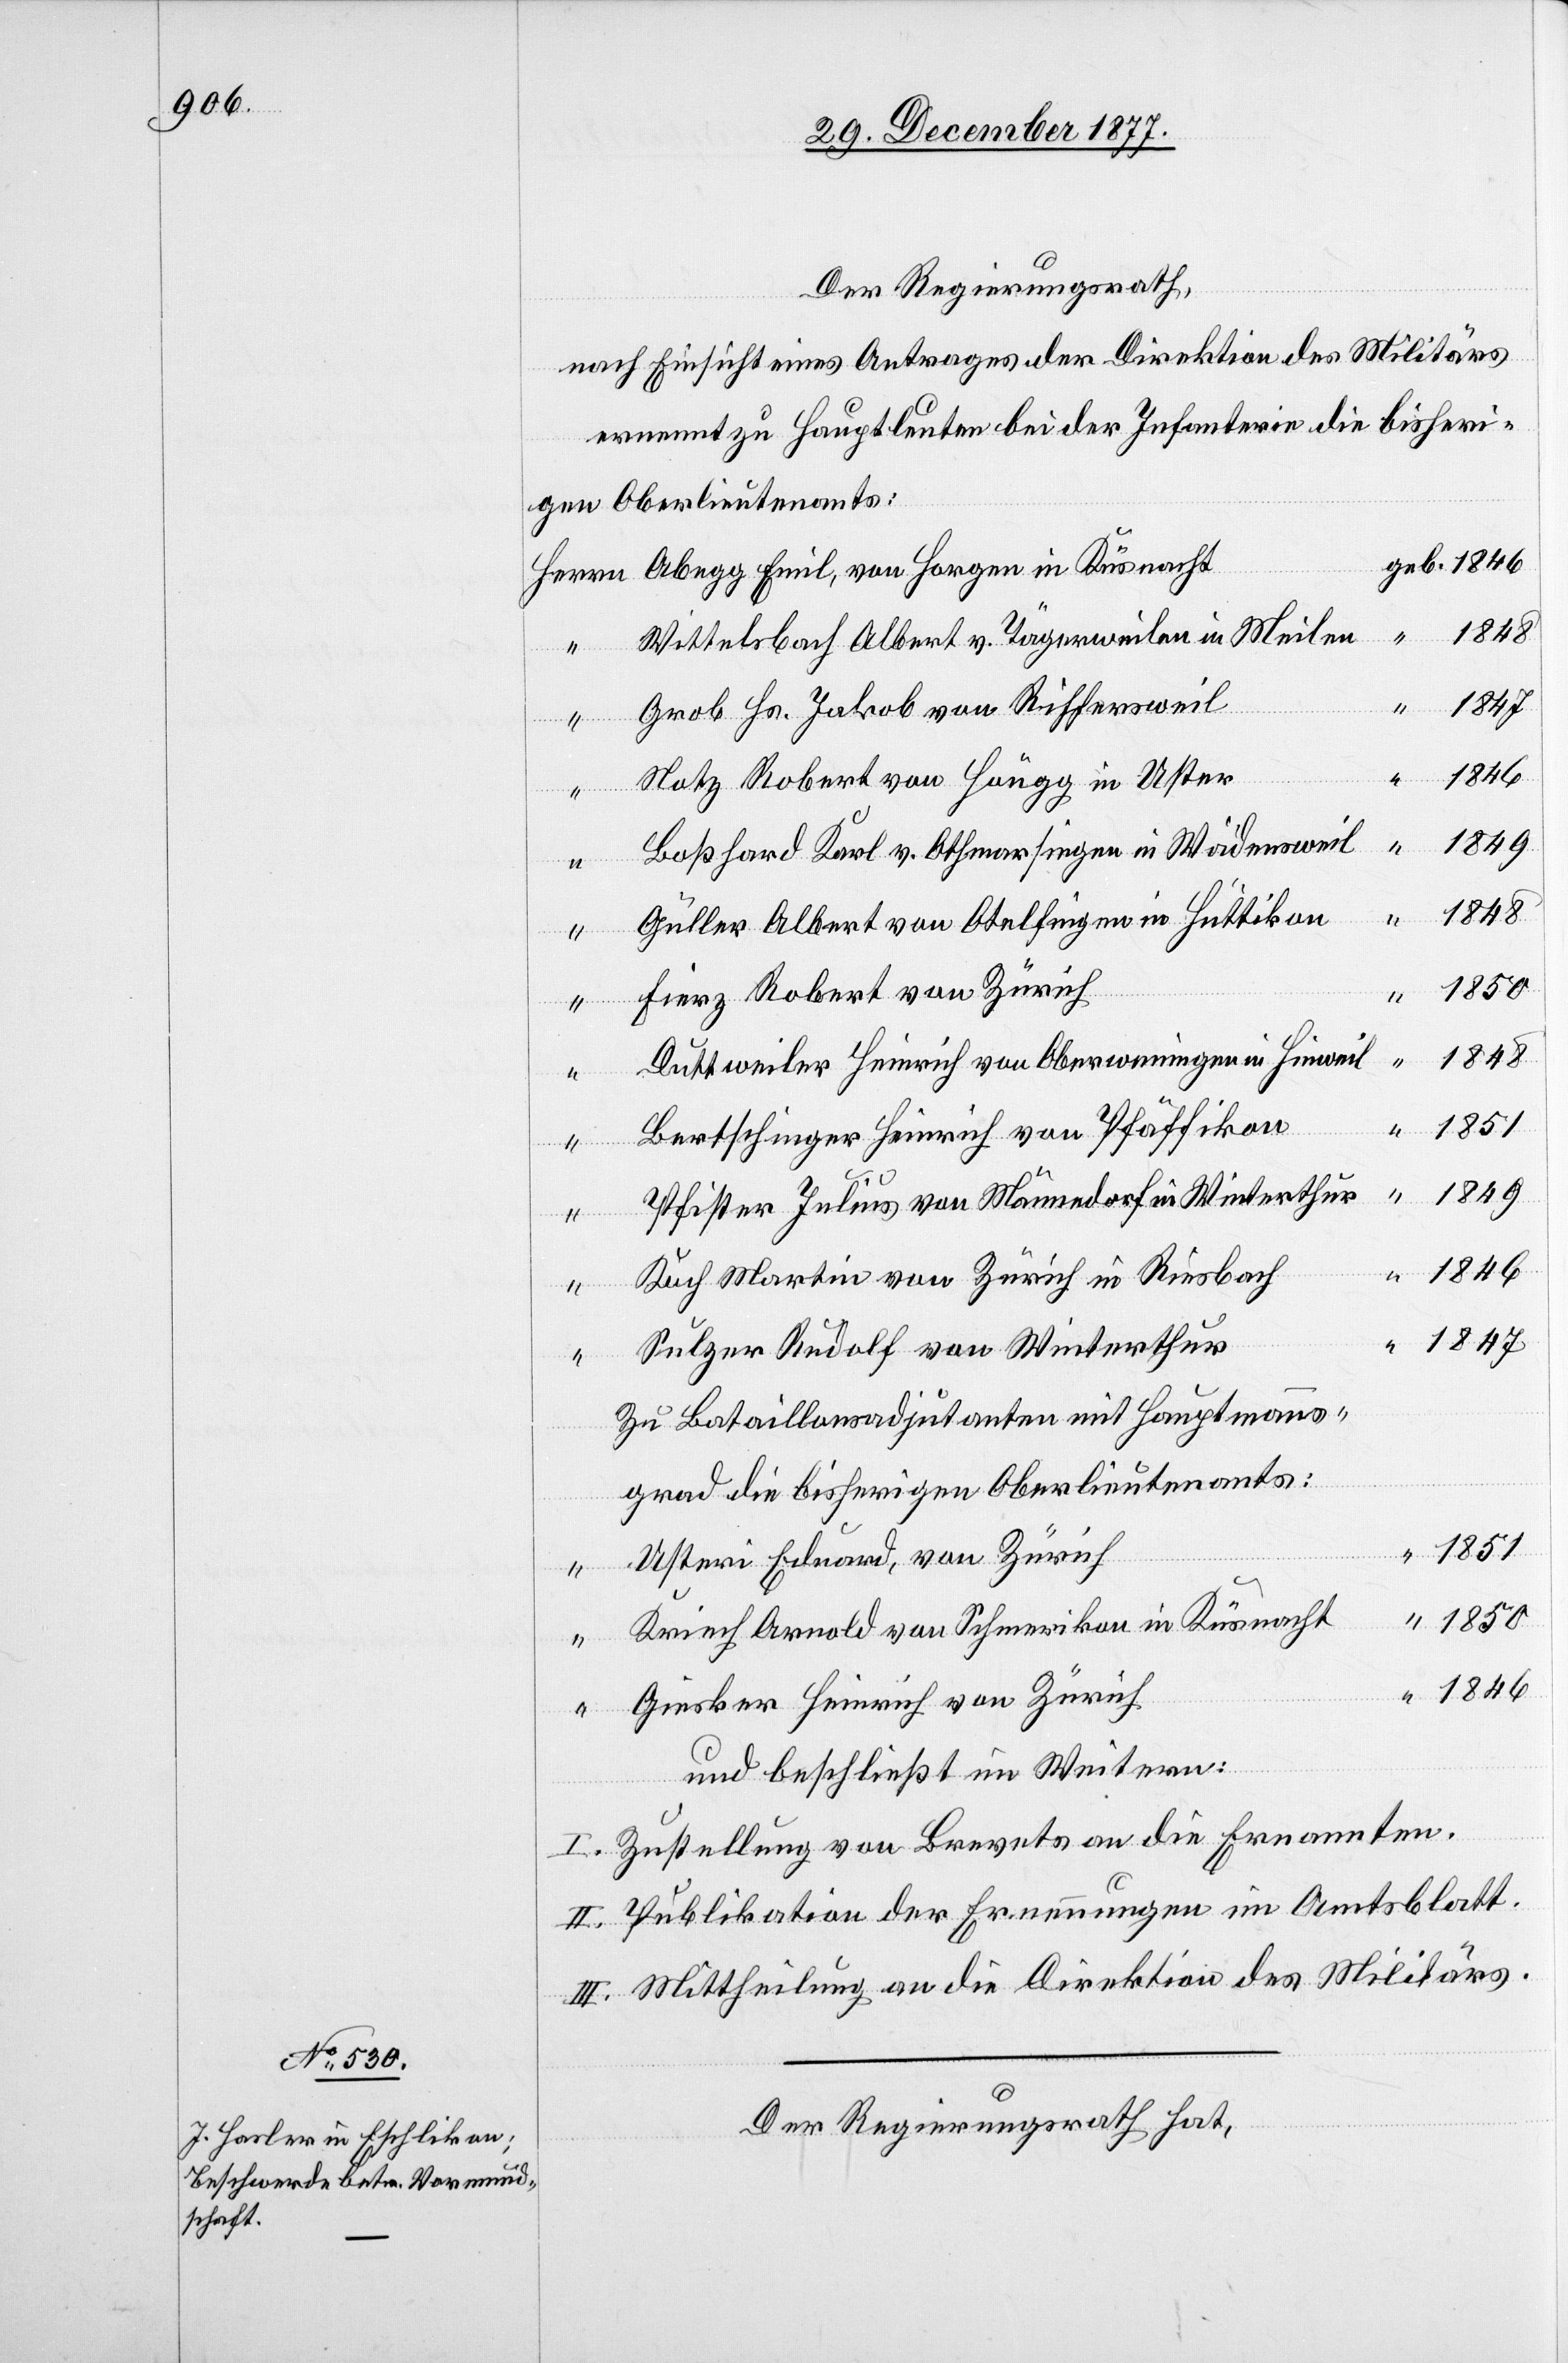
Der Regierungsrath,
nach Einsicht eines Antrages der Direktion des Militärs
ernennt zu Hauptleuten bei der Infanterie die bisheri¬
gen Oberlieutenants:
geb. 1846
in
Wittelsbach Albert v. Tägerweilen in Meilen
1847
Grob Hs. Jakob von Riffersweil
Notz Robert von Höngg in Uster
Boßhard Karl v. Othmarsingen in Wädensweil
1848
Güller Albert von Otelfingen in Hüttikon
Fierz Robert von Zürich
Duttweiler Heinrich von Oberweningen in Hinweil
1848
Bertschinger Heinrich von Pfäffikon
1849
Pfister Julius von Männedorf in Winterthur
1846
“
Koch Martin von Zürich in Riesbach
Sulzer Rudolf von Winterthur
Zu Bataillonsadjutanten mit Hauptmanns¬
grad die bisherigen Oberlieutenants:
1850
Usteri Eduard, von Zürich
Kriech Arnold von Schmerikon in Küsnacht
“
Giesker Heinrich von Zürich
“
und beschließt im Weitern:
“
I. Zustellung von Brevets an die Ernannten.
II. Publikation der Ernennungen im Amtsblatt.
III. Mittheilung an die Direktion des Militärs.
Der Regierungsrath hat,